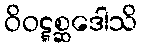
ဝိဝဋ္ဋစ္ဆဒေါသိ